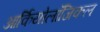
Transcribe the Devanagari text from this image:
आर्कियोलॉजिकल